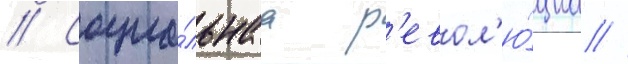
// Социа́льнаа р'евол'ю́циа //